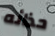
حذائه